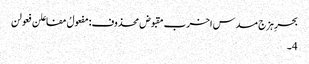
بحرِ ہزج مسدس اخرب مقبوض محذوف:مفعولُ مفاعلن فعولن
4۔